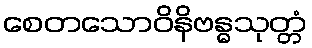
စေတသောဝိနိဗန္ဓသုတ္တံ